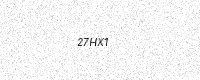
Text: 27HX1